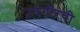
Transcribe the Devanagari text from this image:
उदगीरची